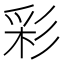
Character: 彩